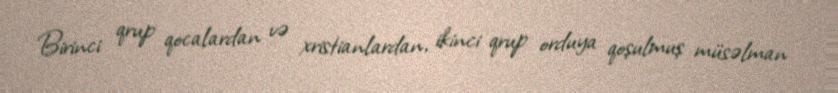
Birinci qrup qocalardan və xristianlardan, ikinci qrup orduya qoşulmuş müsəlman